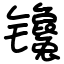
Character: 镵